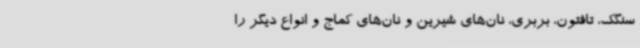
سنگک، تافتون، بربری، نان‌های شیرین و نان‌های کماج و انواع دیگر را